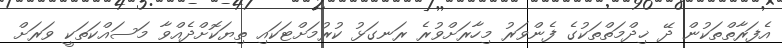
އެފަރާތްތަކުން ދޭ ޚިދްމަތްތަކުގެ ފެންވަރު މިހާރަށްވުރެ ރަނގަޅު ކުރުމަށްޓަކައި ތިޔަކޮށްދެއްވާ މަސައްކަތަކީ ވަރަށް